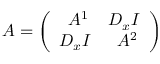
\begin{array} { r } { A = \left( \begin{array} { c c } { \ A ^ { 1 } } & { D _ { x } I } \\ { D _ { x } I } & { \ A ^ { 2 } } \end{array} \right) } \end{array}